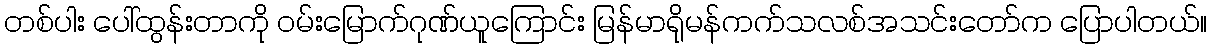
တစ်ပါး ပေါ်ထွန်းတာကို ဝမ်းမြောက်ဂုဏ်ယူကြောင်း မြန်မာရိုမန်ကက်သလစ်အသင်းတော်က ပြောပါတယ်။